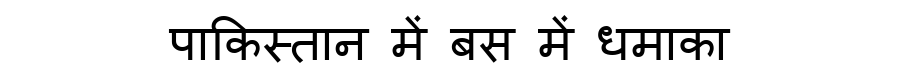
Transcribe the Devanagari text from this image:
पाकिस्तान में बस में धमाका